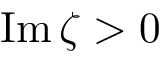
\operatorname { I m } \zeta > 0